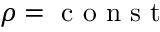
\rho = \mathrm { ~ c ~ o ~ n ~ s ~ t ~ }